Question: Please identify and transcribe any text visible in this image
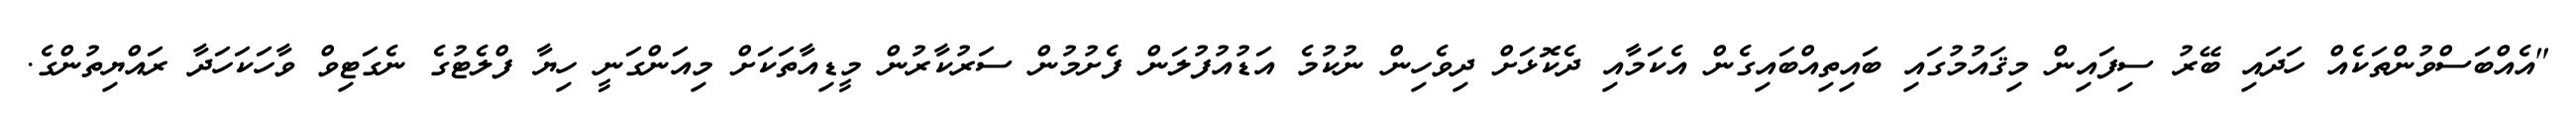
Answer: "އެއްބަސްވުންތަކެއް ހަދައި ބޭރު ސިފައިން މިޤައުމުގައި ބައިތިއްބައިގެން އެކަމާއި ދެކޮޅަށް ދިވެހިން ނުކުމެ އަޑުއުފުލަން ފެށުމުން ސަރުކާރުން މީޑިއާތަކަށް މިއަންގަނީ ހިޔާ ފްލެޓުގެ ނެގަޓިވް ވާހަކަހަދާ ރައްޔިތުންގެ.